Statistical return of the lunatic asylum in Assam - 1912-1932
Year: 1912
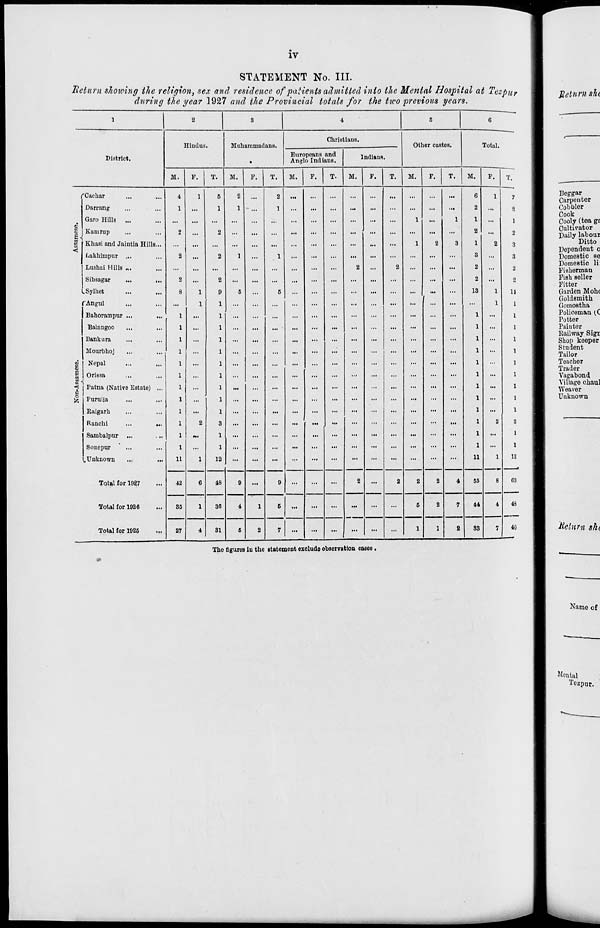
IV
STATEMENT No. III.
"Return showing the religion, sex and residence of patients admitted into the Mental Hospital at Tezpu>
during the gear 1927 and the Provincial totals for the tico previous years.
1
2
3
4
5
8
Hindus .
Muhammadans.
Christians.
Other castes.
Total.
District.
Europeans and
Anglo Indians.
Indiana
M.
F.
T.
M.
F.
T.
M.
F.
T.
M.
F.
T.
M.
F.
T.
M.
F.
T.
'Oaohar
4
1
5
2
2
•••
...
...
...
6
1
7
Darrang
1
...
1
1
1
...
...
...
...
...
...
...
...
2
...
2
Garo Hills
...
...
...
...
...
...
...
...
...
1
...
1
1
...
1
<
Kanirup
Khasi and Jaintia Hills...
Lakhimpur ...
Lushai Hills n<
Sibsagar
...
...
2
2
2
...
2
2
2
1
...
1
...
...
...
2
...
2
1
2
3
2
1
3
2
2
2
2
3
3
2
2
LSylhet
8
1
9
5
...
5
...
...
...
...
...
...
...
...
13
1
11
'Angul
...
1
...
...
...
...
...
...
...
...
...
...
...
...
1
1
Bahorampur ..,
...
...
...
...
...
...
...
...
...
...
...
...
...
...
1
Balaugoo
...
...
...
... - ...
...
...
...
...
...
...
...
...
...
1
Bankura
...
...
...
...
...
...
...
...
...
...
...
...
...
...
1
Mowbhoj
...
...
...
...
...
...
...
...
...
...
...
...
...
...
1
Nepal
...
...
...
...
...
...
...
...
...
...
...
...
...
1
1
<
Orissa
-.,
Patna (Native Estate) ...
...
...
...
...
...
...
...
:
...
1
1
o
53 Purulia
Raigarh
Ranchi
...
...
Sambalpur
Sonepur
.Unknown
11
2
1
12
...
...
...
...
...
...
...
...
...
...
...
11
2
1
1
1
3
1
1
12
Total for 1027
42
6
48
9
...
9
...
...
2
...
2
2
2
4
55
8
63
Total for 1926
85
1
86
4
1
5
...
...
...
...
...
...
5
2
7
44
4
43
Total for 1925
27
4
31
6
2
7
...
...
...
...
...
...
1
1
2
83
7
40
Tho figures in the statement exclude observation cases,